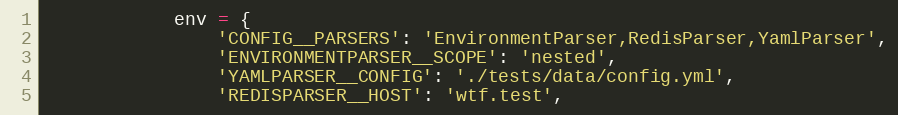
Language: Python
            env = {
                'CONFIG__PARSERS': 'EnvironmentParser,RedisParser,YamlParser',
                'ENVIRONMENTPARSER__SCOPE': 'nested',
                'YAMLPARSER__CONFIG': './tests/data/config.yml',
                'REDISPARSER__HOST': 'wtf.test',